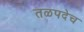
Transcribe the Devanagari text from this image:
तळपदेच